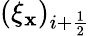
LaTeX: (\xi_{\mathbf{x}})_{i+\frac{{1}}{{2}}}